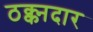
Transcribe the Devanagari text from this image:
ठक्क्नदार